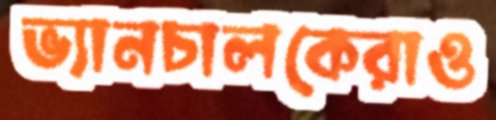
ভ্যানচালকেরাও